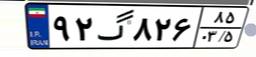
۴۶گ۵۹۲۰۷